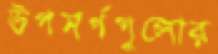
উপসর্গগুলোর